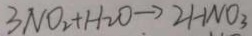
3 N O _ { 2 } + H _ { 2 } O \rightarrow 2 H N O _ { 3 }